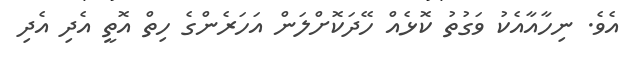
އެވެ. ނިހާއާއެކު ވަގުތު ކޮޅެއް ހޭދަކޮށްލަން އަހަރެންގެ ހިތް އޮތީ އެދި އެދި